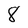
Character: 8